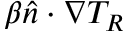
\beta \boldsymbol { \hat { n } \cdot \nabla } T _ { R }